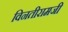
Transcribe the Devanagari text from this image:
विनतीरामजी